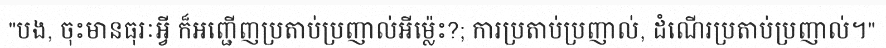
"បង, ចុះមានធុរៈអ្វី ក៏អញ្ជើញប្រតាប់ប្រញាល់អីម្ល៉េះ?; ការប្រតាប់ប្រញាល់, ដំណើរប្រតាប់ប្រញាល់។"